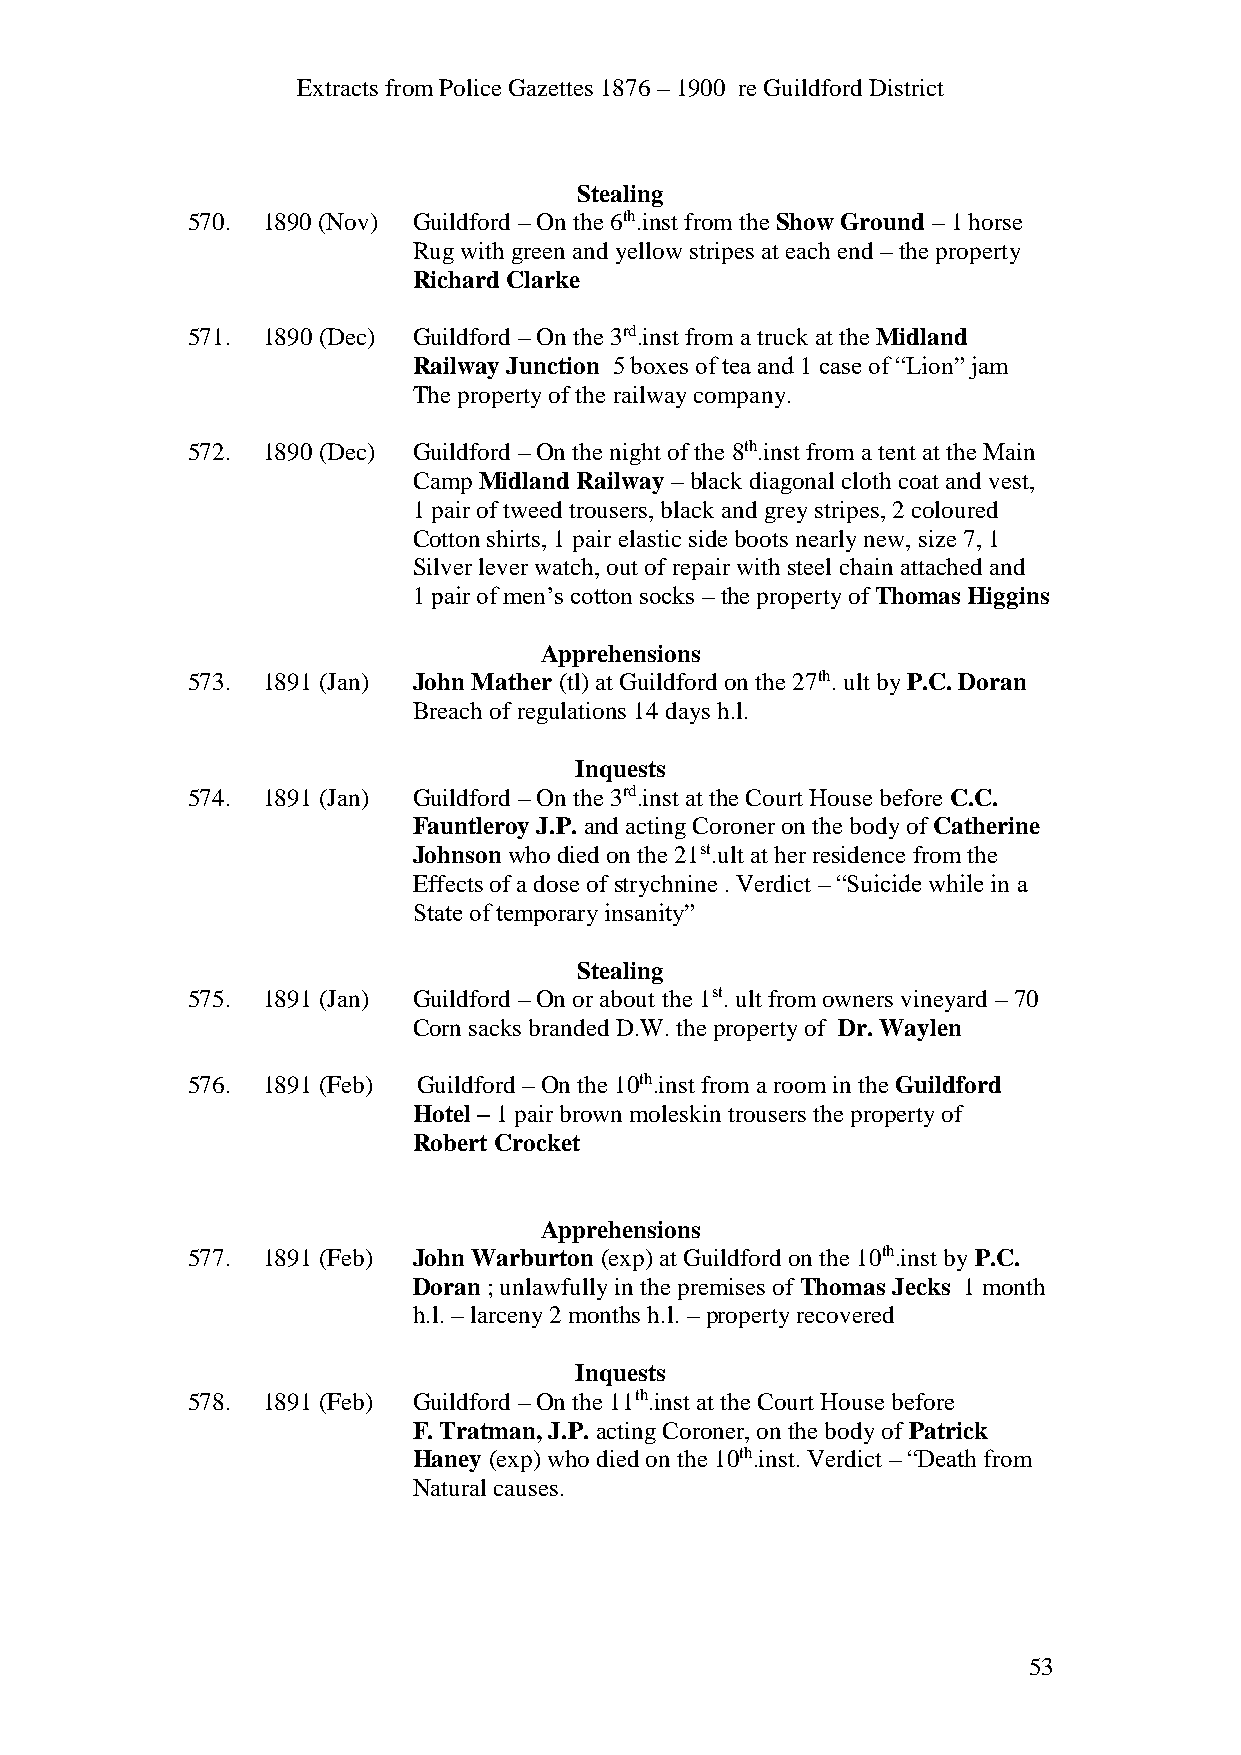
Extracts from Police Gazettes 1876 – 1900 re Guildford District
 Stealing
 570. 1890 (Nov) Guildford – On the 6th.inst from the Show Ground – 1 horse
 Rug with green and yellow stripes at each end – the property
 Richard Clarke
 571. 1890 (Dec) Guildford – On the 3rd.inst from a truck at the Midland
 Railway Junction 5 boxes of tea and 1 case of “Lion” jam
 The property of the railway company.
 572. 1890 (Dec) Guildford – On the night of the 8th.inst from a tent at the Main
 Camp Midland Railway – black diagonal cloth coat and vest,
 1 pair of tweed trousers, black and grey stripes, 2 coloured
 Cotton shirts, 1 pair elastic side boots nearly new, size 7, 1
 Silver lever watch, out of repair with steel chain attached and
 1 pair of men’s cotton socks – the property of Thomas Higgins
 Apprehensions
 573. 1891 (Jan) John Mather (tl) at Guildford on the 27th. ult by P.C. Doran
 Breach of regulations 14 days h.l.
 Inquests
 574. 1891 (Jan) Guildford – On the 3rd.inst at the Court House before C.C.
 Fauntleroy J.P. and acting Coroner on the body of Catherine
 Johnson who died on the 21st.ult at her residence from the
 Effects of a dose of strychnine . Verdict – “Suicide while in a
 State of temporary insanity”
 Stealing
 575. 1891 (Jan) Guildford – On or about the 1st. ult from owners vineyard – 70
 Corn sacks branded D.W. the property of Dr. Waylen
 576. 1891 (Feb) Guildford – On the 10th.inst from a room in the Guildford
 Hotel – 1 pair brown moleskin trousers the property of
 Robert Crocket
 Apprehensions
 577. 1891 (Feb) John Warburton (exp) at Guildford on the 10th.inst by P.C.
 Doran ; unlawfully in the premises of Thomas Jecks 1 month
 h.l. – larceny 2 months h.l. – property recovered
 Inquests
 578. 1891 (Feb) Guildford – On the 11th.inst at the Court House before
 F. Tratman, J.P. acting Coroner, on the body of Patrick
 Haney (exp) who died on the 10th.inst. Verdict – “Death from
 Natural causes.
 53